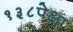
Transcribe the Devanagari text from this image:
१३८पेक्षा